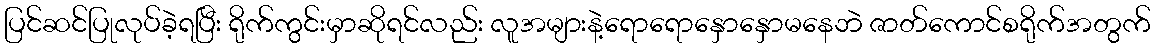
ပြင်ဆင်ပြုလုပ်ခဲ့ရပြီး ရိုက်ကွင်းမှာဆိုရင်လည်း လူအများနဲ့ရောရောနှောနှောမနေဘဲ ဇာတ်ကောင်စရိုက်အတွက်